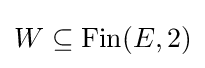
W\subseteq \operatorname {Fin} (E,2)